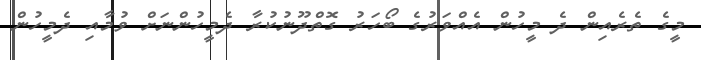
މީގެ ތެރެއިން ދެ މީހުން އެއްވަރުގެ ބޯހަރު ގޮތްދޫނުކުރާ ދެމީހުންނަށް ވުމާއި ދެމީހުން